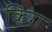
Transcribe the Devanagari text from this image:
किग